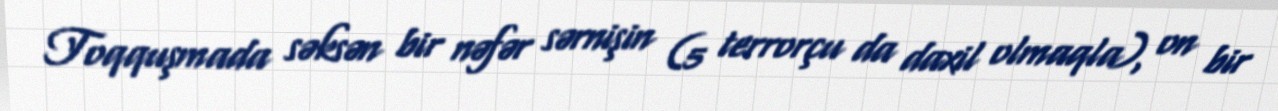
Toqquşmada səksən bir nəfər sərnişin (5 terrorçu da daxil olmaqla), on bir